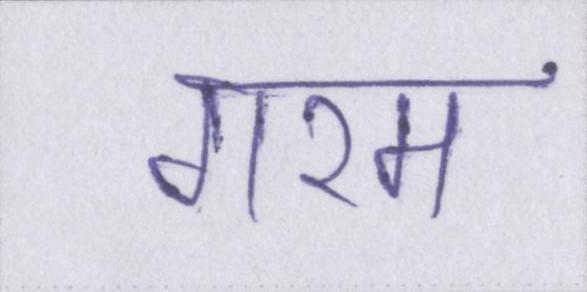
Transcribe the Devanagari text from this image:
गरम